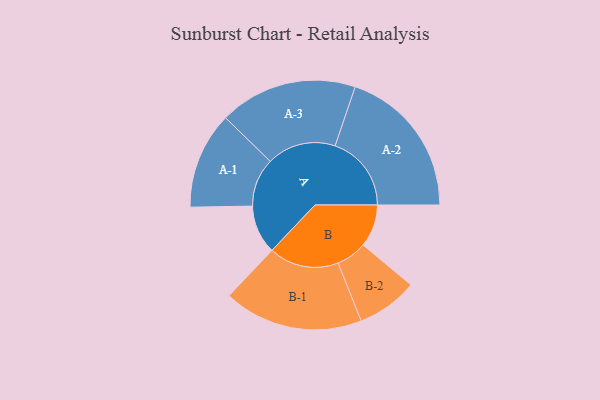
{"axis": {"x": "Segment", "y": "Value"}, "legend": ["", "A", "B"], "data": [{"x": "A", "y": 182, "type": ""}, {"x": "B", "y": 159, "type": ""}, {"x": "A-1", "y": 181, "type": "A"}, {"x": "A-2", "y": 285, "type": "A"}, {"x": "A-3", "y": 258, "type": "A"}, {"x": "B-1", "y": 261, "type": "B"}, {"x": "B-2", "y": 114, "type": "B"}]}